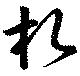
札